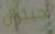
جينرال